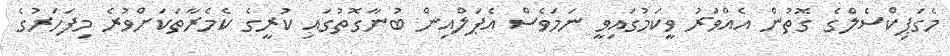
މެގަޕިކްސެލްގެ ގޮތުން އެއްވަރު ވީކަމުގައިވީ ނަމަވެސް އެޕަލްއިން ބުނާގޮތުގައި ކުރީގެ ކެމެރާތަކަށްވުރެ މިފަހަރުގެ